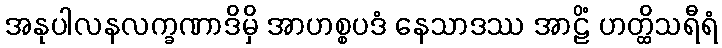
အနုပါလနလက္ခဏာဒိမှိ အာဟစ္စပဒံ နေသာဒဿ အာဠိံ ဟတ္ထိသရီရံ